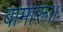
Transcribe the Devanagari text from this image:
बामारू।।